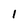
Character: 1